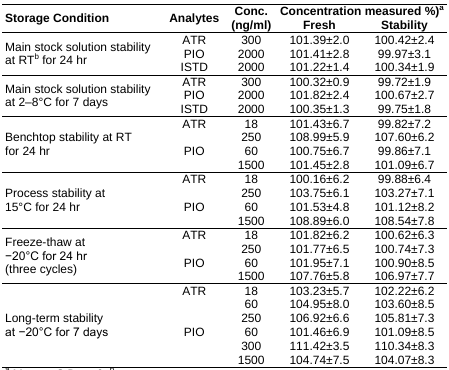
<table><thead><tr><td rowspan="2"><b>Storage Condition</b></td><td rowspan="2"><b>Analytes</b></td><td rowspan="2"><b>Conc. (ng/ml)</b></td><td colspan="2"><b>Concentration measured %)<sup>a</sup></b></td></tr><tr><td><b>Fresh</b></td><td><b>Stability</b></td></tr></thead><tbody><tr><td rowspan="3">Main stock solution stability at RT<sup>b</sup> for 24 hr</td><td>ATR</td><td>300</td><td>101.39±2.0</td><td>100.42±2.4</td></tr><tr><td>PIO</td><td>2000</td><td>101.41±2.8</td><td>99.97±3.1</td></tr><tr><td>ISTD</td><td>2000</td><td>101.22±1.4</td><td>100.34±1.9</td></tr><tr><td rowspan="3">Main stock solution stability at 2–8°C for 7 days</td><td>ATR</td><td>300</td><td>100.32±0.9</td><td>99.72±1.9</td></tr><tr><td>PIO</td><td>2000</td><td>101.82±2.4</td><td>100.67±2.7</td></tr><tr><td>ISTD</td><td>2000</td><td>100.35±1.3</td><td>99.75±1.8</td></tr><tr><td rowspan="4">Benchtop stability at RT for 24 hr</td><td rowspan="2">ATR</td><td>18</td><td>101.43±6.7</td><td>99.82±7.2</td></tr><tr><td>250</td><td>108.99±5.9</td><td>107.60±6.2</td></tr><tr><td rowspan="2">PIO</td><td>60</td><td>100.75±6.7</td><td>99.86±7.1</td></tr><tr><td>1500</td><td>101.45±2.8</td><td>101.09±6.7</td></tr><tr><td rowspan="4">Process stability at 15°C for 24 hr</td><td rowspan="2">ATR</td><td>18</td><td>100.16±6.2</td><td>99.88±6.4</td></tr><tr><td>250</td><td>103.75±6.1</td><td>103.27±7.1</td></tr><tr><td rowspan="2">PIO</td><td>60</td><td>101.53±4.8</td><td>101.12±8.2</td></tr><tr><td>1500</td><td>108.89±6.0</td><td>108.54±7.8</td></tr><tr><td rowspan="4">Freeze-thaw at -20°C for 24 hr (three cycles)</td><td rowspan="2">ATR</td><td>18</td><td>101.82±6.2</td><td>100.62±6.3</td></tr><tr><td>250</td><td>101.77±6.5</td><td>100.74±7.3</td></tr><tr><td rowspan="2">PIO</td><td>60</td><td>101.95±7.1</td><td>100.90±8.5</td></tr><tr><td>1500</td><td>107.76±5.8</td><td>106.97±7.7</td></tr><tr><td rowspan="6">Long-term stability at -20°C for 7 days</td><td rowspan="3">ATR</td><td>18</td><td>103.23±5.7</td><td>102.22±6.2</td></tr><tr><td>60</td><td>104.95±8.0</td><td>103.60±8.5</td></tr><tr><td>250</td><td>106.92±6.6</td><td>105.81±7.3</td></tr><tr><td rowspan="3">PIO</td><td>60</td><td>101.46±6.9</td><td>101.09±8.5</td></tr><tr><td>300</td><td>111.42±3.5</td><td>110.34±8.3</td></tr><tr><td>1500</td><td>104.74±7.5</td><td>104.07±8.3</td></tr></tbody></table>